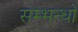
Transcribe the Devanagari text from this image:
सम्भन्धो